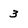
Character: 3